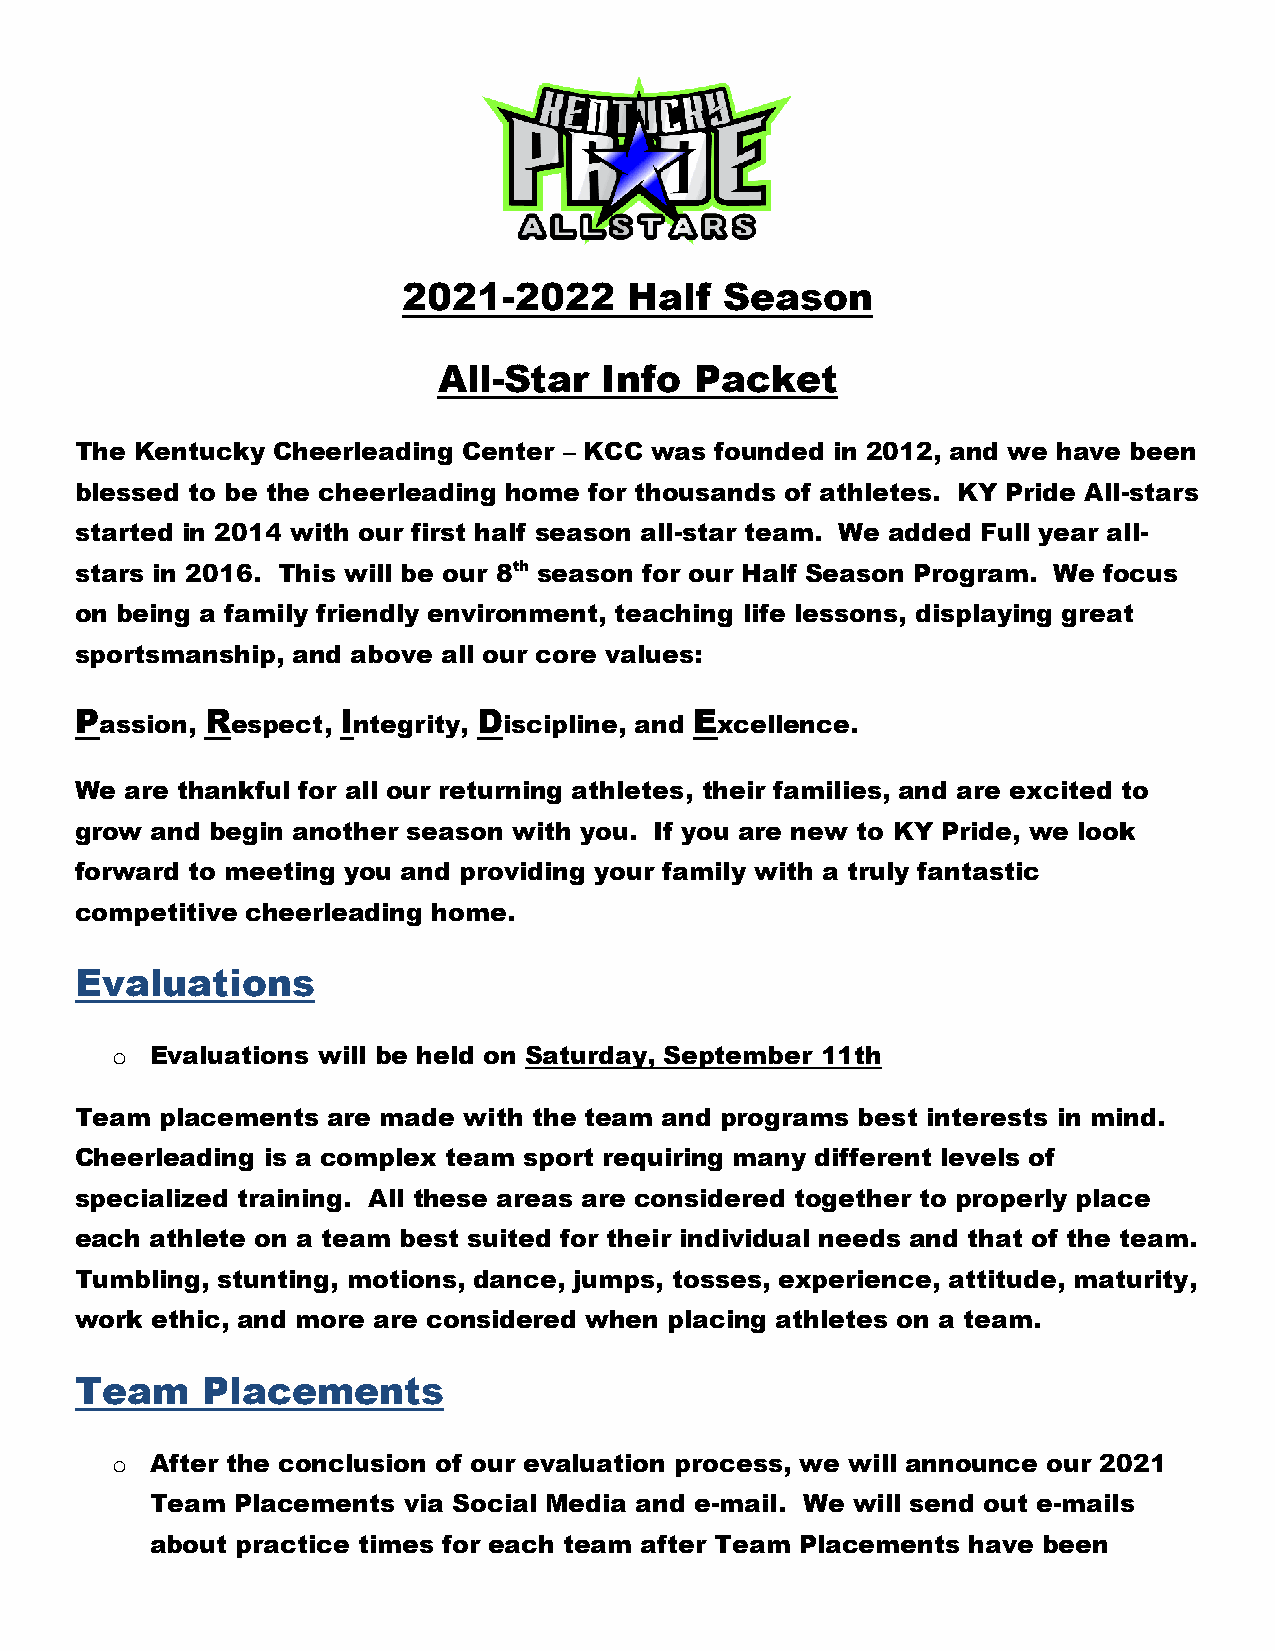
2021-2022      Half  Season
 All-Star   Info  Packet
 The Kentucky Cheerleading Center – KCC was founded in 2012, and we have been
 blessed to be the cheerleading home for thousands of athletes. KY Pride All-stars
 started in 2014 with our first half season all-star team. We added Full year all-
 stars in 2016. This will be our 8th season for our Half Season Program. We focus
 on being a family friendly environment, teaching life lessons, displaying great
 sportsmanship, and above all our core values:
 P        R        I        D             E
 assion, espect, ntegrity, iscipline, and xcellence.
 We are thankful for all our returning athletes, their families, and are excited to
 grow and begin another season with you. If you are new to KY Pride, we look
 forward to meeting you and providing your family with a truly fantastic
 competitive cheerleading home.
 Evaluations
 o  Evaluations will be held on Saturday, September 11th
 Team  placements are made with the team and programs best interests in mind.
 Cheerleading is a complex team sport requiring many different levels of
 specialized training. All these areas are considered together to properly place
 each athlete on a team best suited for their individual needs and that of the team.
 Tumbling, stunting, motions, dance, jumps, tosses, experience, attitude, maturity,
 work ethic, and more are considered when placing athletes on a team.
 Team    Placements
 o  After the conclusion of our evaluation process, we will announce our 2021
 Team  Placements via Social Media and e-mail. We will send out e-mails
 about practice times for each team after Team Placements have been